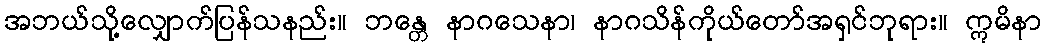
အဘယ်သို့လျှောက်ပြန်သနည်း။ ဘန္တေ နာဂသေနာ၊ နာဂသိန်ကိုယ်တော်အရှင်ဘုရား။ ဣမိနာ